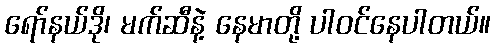
ရော်နယ်ဒို၊ မက်ဆီနဲ့ နေမာတို့ ပါဝင်နေပါတယ်။